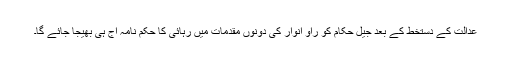
عدالت کے دستخط کے بعد جیل حکام کو راؤ انوار کی دونوں مقدمات میں رہائی کا حکم نامہ آج ہی بھیجا جائے گا۔